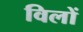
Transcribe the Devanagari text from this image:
विलों